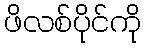
ဖိလစ်ပိုင်ကို